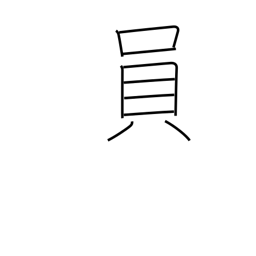
Meaning: the one in charge